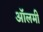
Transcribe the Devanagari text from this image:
ऑलमी